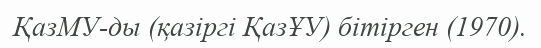
ҚазМУ-ды (қазіргі ҚазҰУ) бітірген (1970).